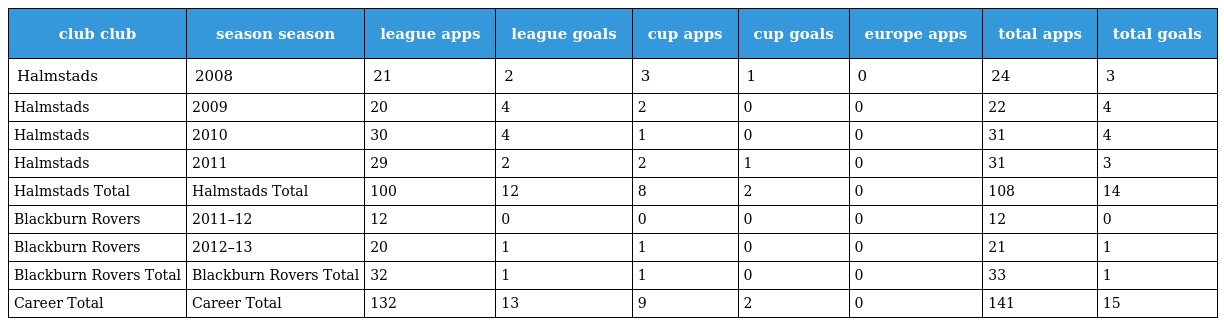
| club club | season season | league apps | league goals | cup apps | cup goals | europe apps | total apps | total goals |
 | --- | --- | --- | --- | --- | --- | --- | --- | --- |
 | Halmstads | 2008 | 21 | 2 | 3 | 1 | 0 | 24 | 3 |
 | Halmstads | 2009 | 20 | 4 | 2 | 0 | 0 | 22 | 4 |
 | Halmstads | 2010 | 30 | 4 | 1 | 0 | 0 | 31 | 4 |
 | Halmstads | 2011 | 29 | 2 | 2 | 1 | 0 | 31 | 3 |
 | Halmstads Total | Halmstads Total | 100 | 12 | 8 | 2 | 0 | 108 | 14 |
 | Blackburn Rovers | 2011–12 | 12 | 0 | 0 | 0 | 0 | 12 | 0 |
 | Blackburn Rovers | 2012–13 | 20 | 1 | 1 | 0 | 0 | 21 | 1 |
 | Blackburn Rovers Total | Blackburn Rovers Total | 32 | 1 | 1 | 0 | 0 | 33 | 1 |
 | Career Total | Career Total | 132 | 13 | 9 | 2 | 0 | 141 | 15 |